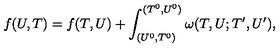
f ( U , T ) = f ( T , U ) + \int _ { ( U ^ { 0 } , T ^ { 0 } ) } ^ { ( T ^ { 0 } , U ^ { 0 } ) } \omega ( T , U ; T ^ { \prime } , U ^ { \prime } ) ,